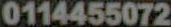
0114455072